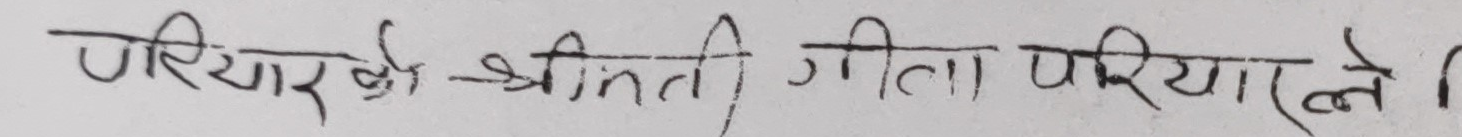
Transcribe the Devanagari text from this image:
पेरियारके श्रीमती गीता पेरियारले